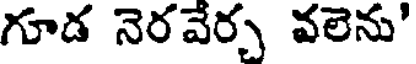
గూడ నెరవేర్చ వలెను'